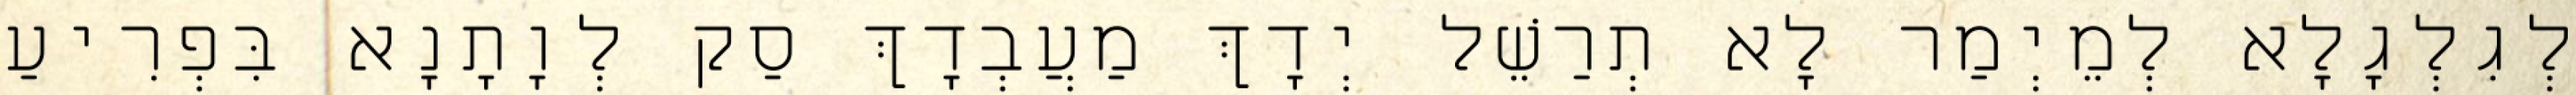
לְגִלְגָלָא לְמֵיְמַר לָא תְרַשֵׁל יְדָךְ מַעֲבְדָךְ סַק לְוָתָנָא בִּפְרִיעַ